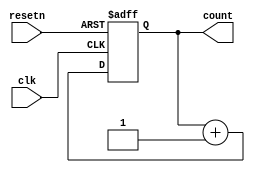
module nbit_updown(clk,count,resetn);
input clk,resetn;
output reg [3:0]count;
initial count = 0;
always@(posedge clk or negedge resetn)
begin
if(!resetn)
count=0;
else
count = count+1; 
end
endmodule